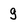
Character: g